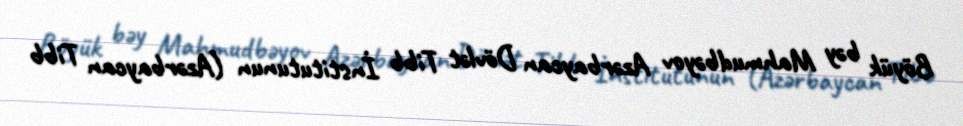
Böyük bəy Mahmudbəyov Azərbaycan Dövlət Tibb İnstitutunun (Azərbaycan Tibb